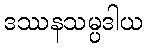
ဒဿနသမ္ပဒါယ